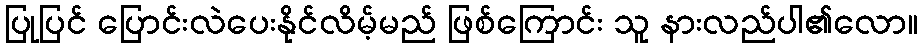
ပြုပြင် ပြောင်းလဲပေးနိုင်လိမ့်မည် ဖြစ်ကြောင်း သူ နားလည်ပါ၏လော။